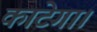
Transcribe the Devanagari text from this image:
काटेगा।